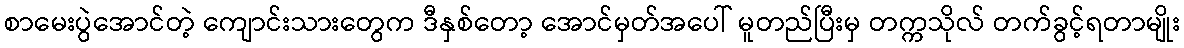
စာမေးပွဲအောင်တဲ့ ကျောင်းသားတွေက ဒီနှစ်တော့ အောင်မှတ်အပေါ် မူတည်ပြီးမှ တက္ကသိုလ် တက်ခွင့်ရတာမျိုး